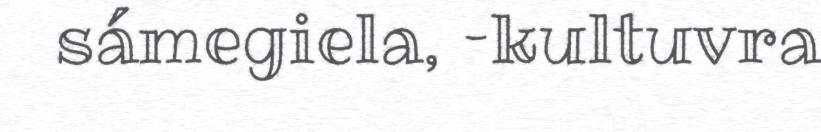
sámegiela, –kultuvra